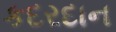
કદરદાન